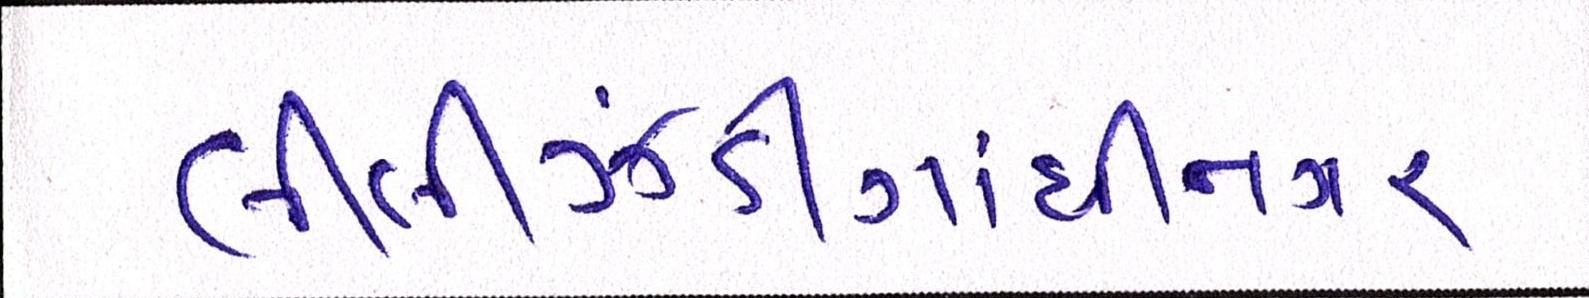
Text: લીલીઝંડીગાંધીનગર